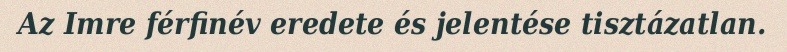
Az Imre férfinév eredete és jelentése tisztázatlan.